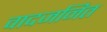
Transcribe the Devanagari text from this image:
वादजनित